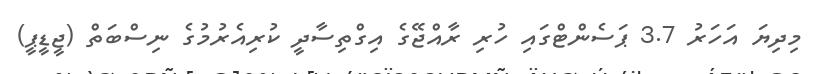
މިދިޔަ އަހަރު 3.7 ޕަސެންޓްގައި ހުރި ރާއްޖޭގެ އިގްތިސާދީ ކުރިއެެރުމުގެ ނިސްބަތް (ޖީޑީޕީ)